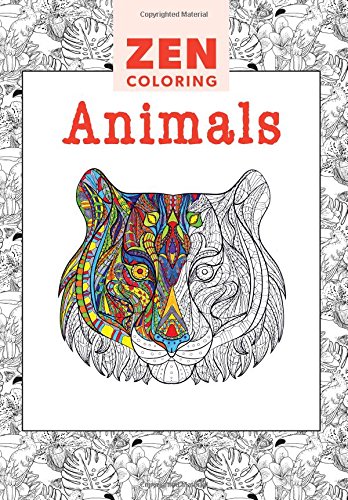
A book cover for Zen Coloring - Animals; Editors of GMC; Crafts, Hobbies & Home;